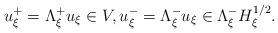
LaTeX: \begin{align*}u^+_\xi=\Lambda_\xi^+ u_\xi\in V,u_\xi^-=\Lambda_\xi^- u_\xi\in \Lambda_\xi^-H_\xi^{1/2}.\end{align*}